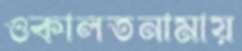
ওকালতনামায়